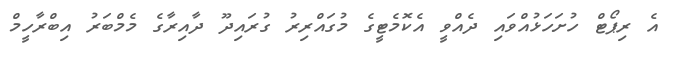
އެ ރިޕޯޓް ހުށަހަޅުއްވައި ދެއްވީ އެކޮމެޓީގެ މުގައްރިރު ގުރައިދޫ ދާއިރާގެ މެމްބަރު އިބްރާހީމް